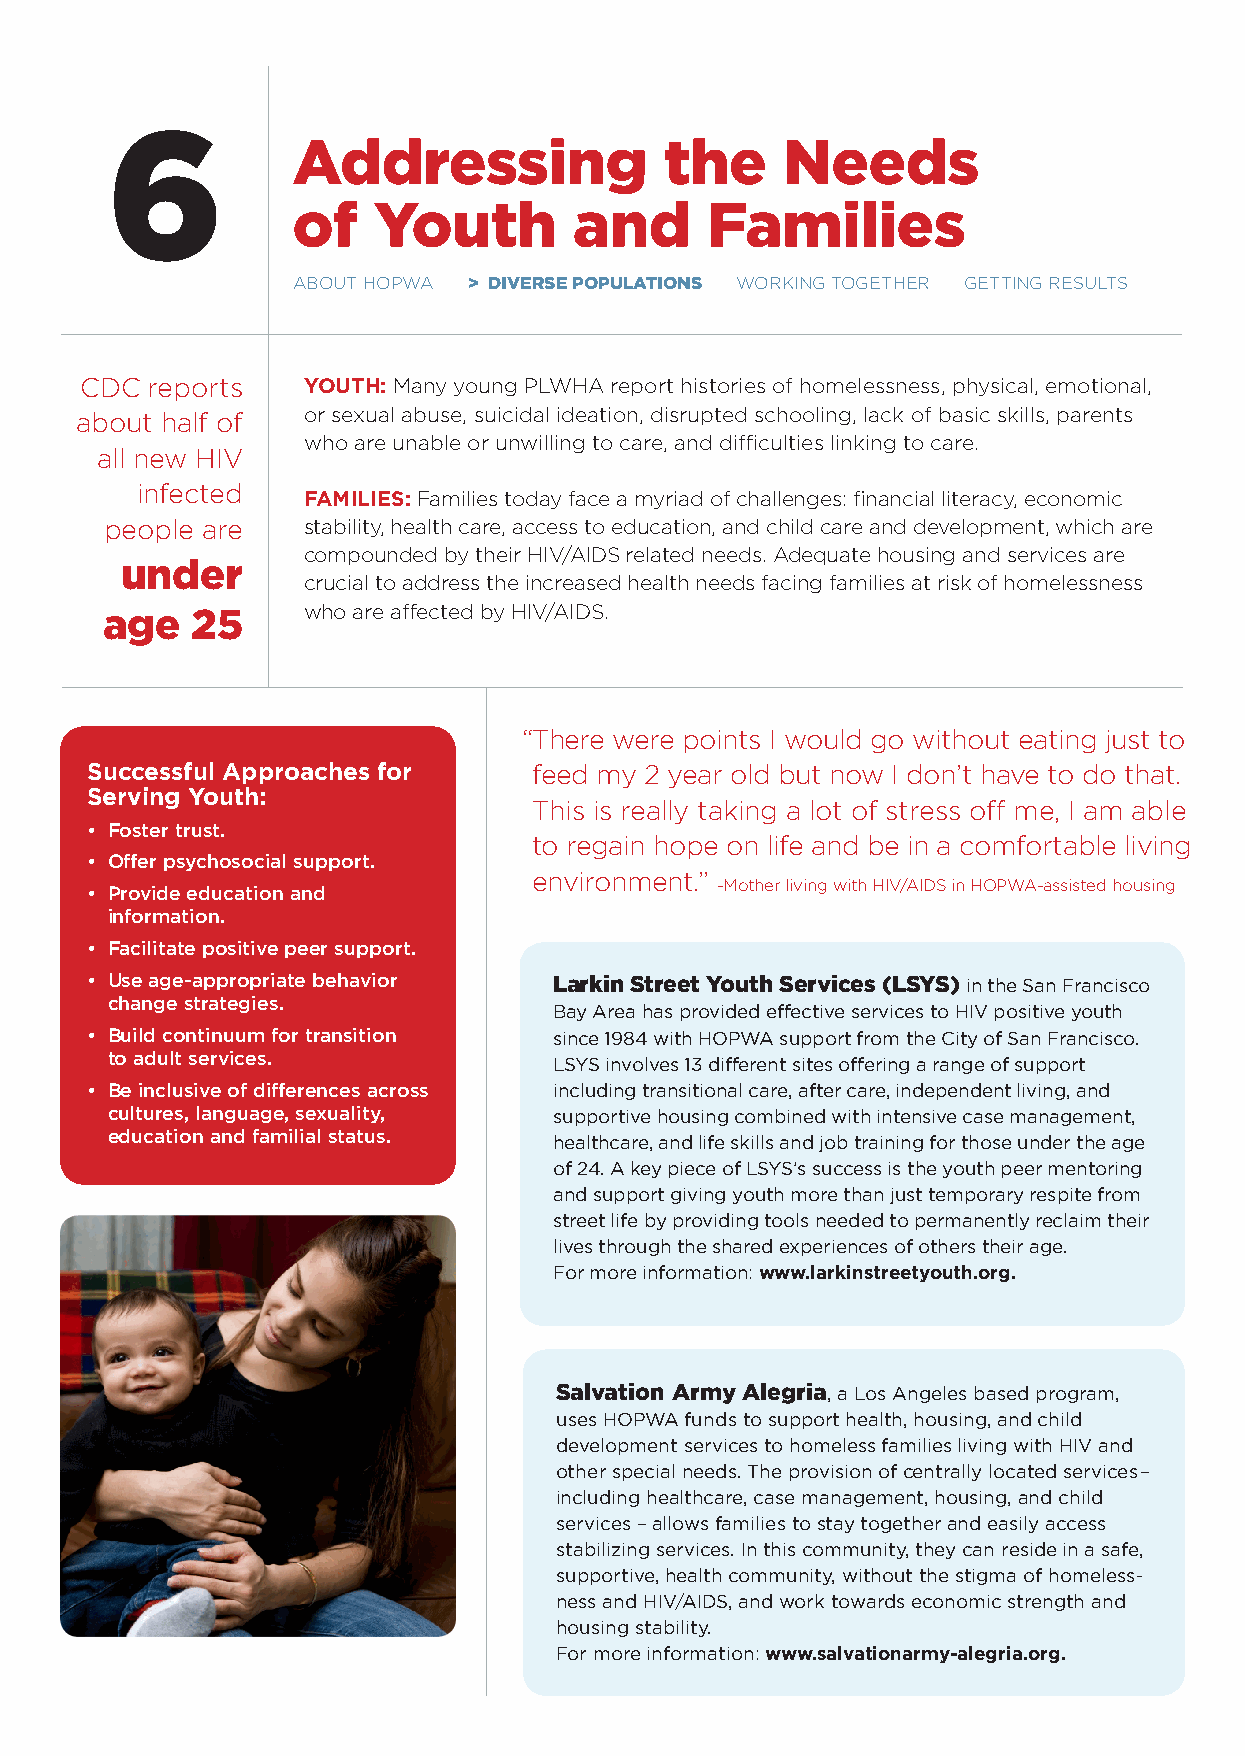
6
 Addressing               the     Needs
 of    Youth        and      Families
 aBout Hopwa > DIVERSE POPulAtIONS workIng togetHer gettIng results
 CdC  reports   YOuTH: Many young plwHa report histories of homelessness, physical, emotional,
 about half of  or sexual abuse, suicidal ideation, disrupted schooling, lack of basic skills, parents
 who are unable or unwilling to care, and difficulties linking to care.
 all new HIV
 infected
 FAmILIES: Families today face a myriad of challenges: financial literacy, economic
 people are   stability, health care, access to education, and child care and development, which are
 compounded by their HIV/aIds related needs. adequate housing and services are
 under
 crucial to address the increased health needs facing families at risk of homelessness
 age   25     who are affected by HIV/aIds.
 “ there were points I would go without eating just to
 Successful Approaches for    feed my 2 year old but now I don’t have to do that.
 Serving Youth:
 this is really taking a lot of stress off me, I am able
 • Foster trust.
 to regain hope on life and be in a comfortable living
 • Offer psychosocial support.
 environment.”
 -Mother living with HIV/aIds in Hopwa-assisted housing
 • Provide education and
 information.
 • Facilitate positive peer support.
 • Use age-appropriate behavior larkin Street Youth Services (lSYS) in the San Francisco
 change strategies.
 Bay Area has provided effective services to HIV positive youth
 • Build continuum for transition since 1984 with HOPWA support from the City of San Francisco.
 to adult services.            LSYS involves 13 different sites offering a range of support
 • Be inclusive of differences across including transitional care, after care, independent living, and
 cultures, language, sexuality, supportive housing combined with intensive case management,
 education and familial status.
 healthcare, and life skills and job training for those under the age
 of 24. A key piece of LSYS’s success is the youth peer mentoring
 and support giving youth more than just temporary respite from
 street life by providing tools needed to permanently reclaim their
 lives through the shared experiences of others their age.
 For more information: www.larkinstreetyouth.org.
 Salvation Army Alegria, a Los Angeles based program,
 uses HOPWA funds to support health, housing, and child
 development services to homeless families living with HIV and
 other special needs. The provision of centrally located services–
 including healthcare, case management, housing, and child
 services – allows families to stay together and easily access
 stabilizing services. In this community, they can reside in a safe,
 supportive, health community, without the stigma of homeless-
 ness and HIV/AIDS, and work towards economic strength and
 housing stability.
 For more information: www.salvationarmy-alegria.org.